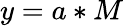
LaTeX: y=a*M